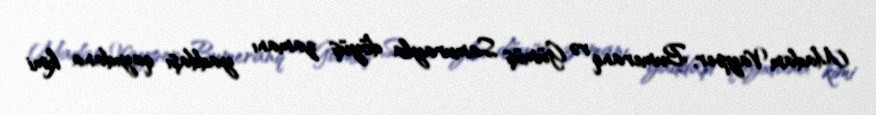
Madam Vayper, Bumeranq və Gümüş Samurayla döyüş zamanı yaddaşı qayıdana kimi